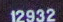
12932